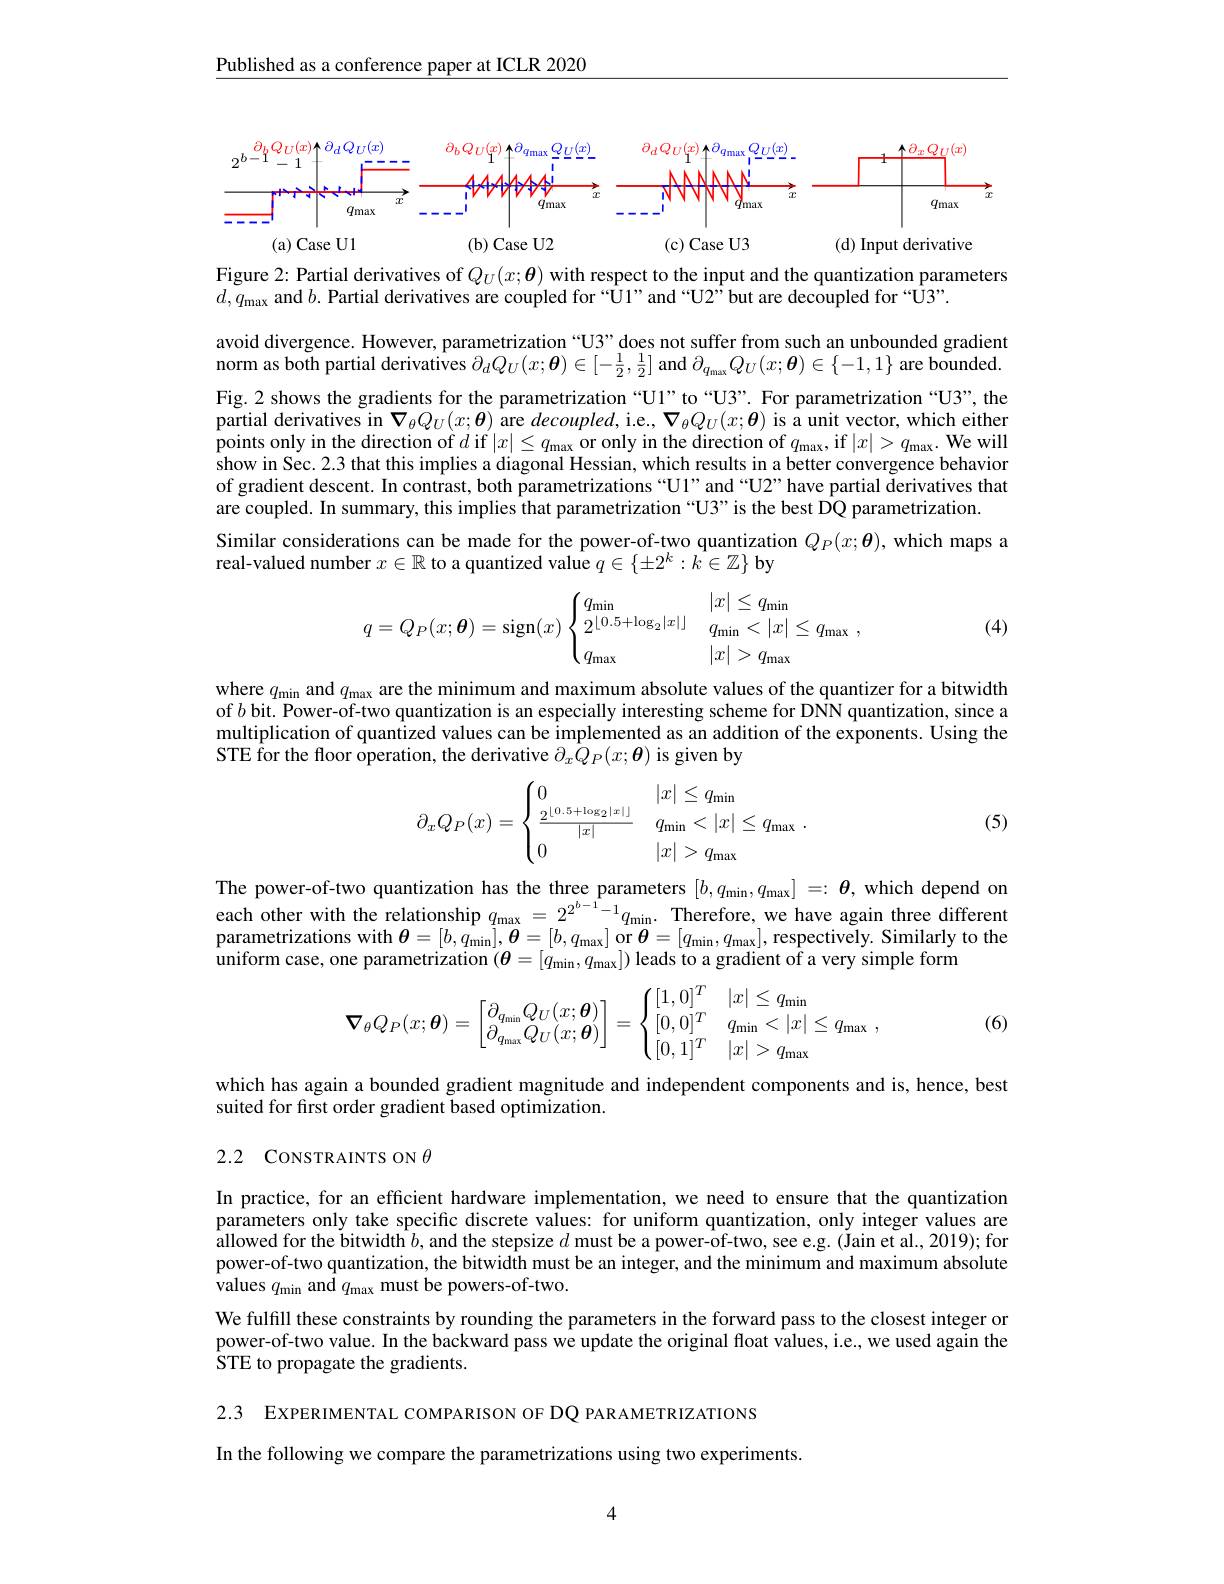
Published as a conference paper at ICLR 2020

<FigureHere>

Figure 2: Partial derivatives of $Q_U(x;\boldsymbol{\theta})$ with respect to the input and the quantization parameters
$d,q_{\mathrm{max}}$ and $b.$ Partial derivatives are coupled for “Ul”and “U2”but are decoupled for “U3”.

avoid divergence. However, parametrization“U3”does not suffer from such an unbounded gradient norm as both partial derivatives $\partial_dQ_U(x;\boldsymbol{\theta})\in[-\frac12,\frac12]$ and $\partial_q_\mathrm{max}Q_U(x;\boldsymbol{\theta})\in\{-1,1\}$ are bounded. Fig.2 shows the gradients for the parametrization“Ul”to“U3”.For parametrization“U3”,the partial derivatives in $\nabla_{\theta}Q_{U}(x;\boldsymbol{\theta})$ are decoupled, i.e., $\boldsymbol\nabla_{\theta}Q_{U}(x;\boldsymbol{\theta})$ is a unit vector, which either points only in the direction of $d$ if $|x|\leq q_\max$ or only in the direction of $q_\mathrm{max}$, if $|x|>q_\mathrm{max}.$ We will show in Sec. 2.3 that this implies a diagonal Hessian, which results in a better convergence behavior of gradient descent. In contrast, both parametrizations “Ul”and “U2” have partial derivatives that are coupled. In summary, this implies that parametrization “U3” is the best DQ parametrization.
Similar considerations can be made for the power-of-two quantization $Q_P(x;\boldsymbol{\theta})$, which maps a
real-valued number $x\in\mathbb{R}$ to a quantized value $q\in\{\pm2^k:\hat{k}\in\mathbb{Z}\}$ by

(4)
$$q=Q_P(x;\boldsymbol{\theta})=\operatorname{sign}(x)\begin{cases}q_{\min}&|x|\leq q_{\min}\\2^{\lfloor0.5+\log_2\lvert x\rvert\rfloor}&q_{\min}<|x|\leq q_{\max}\\q_{\max}&|x|>q_{\max}\end{cases},$$
where $q_\mathrm{min}$ and $q_\mathrm{max}$ are the minimum and maximum absolute values of the quantizer for a bitwidth of $b$ bit. Power-of-two quantization is an especially interesting scheme for DNN quantization, since a multiplication of quantized values can be implemented as an addition of the exponents. Using the STE for the floor operation, the derivative $\partial_x\hat{Q}_P(x;\boldsymbol{\theta})$ is given by
$$\partial_xQ_P(x)=\begin{cases}0&|x|\le q_\text{min}\\\frac{2^{\lfloor0.5+\log_2\lfloor x\rfloor\rfloor}}{|x|}&q_\text{min}<|x|\le q_\text{max}\\0&|x|>q_\text{max}\end{cases}.$$
(5)

The power-of-two quantization has the three parameters $[b,q_{\mathrm{min}},q_{\mathrm{max}}]=:\boldsymbol{\theta}$, which depend on each other with the relationship $q_{\mathrm{max}}=2^{2^{b-1}-1}q_{\mathrm{min}}.$ Therefore, we have again three different parametrizations with $\theta=[b,q_{\mathrm{min}}],\boldsymbol{\theta}=[b,q_{\mathrm{max}}]$ or $\boldsymbol\theta=[q_{\mathrm{min}},q_{\mathrm{max}}]$, respectively. Similarly to the uniform case, one parametrization $(\boldsymbol{\theta}=[q_{\min},q_\max])$ leads to a gradient of a very simple form
$$\nabla_\theta Q_P(x;\boldsymbol{\theta})=\begin{bmatrix}\partial_{q_{\min}}Q_U(x;\boldsymbol{\theta})\\\partial_{q_{\max}}Q_U(x;\boldsymbol{\theta})\end{bmatrix}=\begin{cases}[1,0]^T&|x|\leq q_{\min}\\[0,0]^T&q_{\min}<|x|\leq q_{\max}\:,\\[0,1]^T&|x|>q_{\max}\end{cases}$$
(6)

which has again a bounded gradient magnitude and independent components and is, hence, best
suited for first order gradient based optimization.

## 2.2 CONSTRAINTS ON $\theta$

In practice, for an efficient hardware implementation, we need to ensure that the quantization parameters only take specific discrete values: for uniform quantization, only integer values are $\hat{\text{allowed for the bitwidth }b}$,and the stepsize $d$ must be a power-of-two, see e.g. ( Jain et al., 2019); for power-of-two quantization, the bitwidth must be an integer, and the minimum and maximum absolute values $q_{\mathrm{min}}$ and $q_{\mathrm{max}}$ must be powers-of-two.
We fulfill these constraints by rounding the parameters in the forward pass to the closest integer or power-of-two value. In the backward pass we update the original float values, i.e., we used again the STE to propagate the gradients.

2.3 EXPERIMENTAL COMPARISON OF DQ PARAMETRIZATIONS

In the following we compare the parametrizations using two experiments.

4